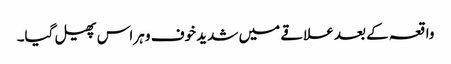
واقعہ کے بعد علاقے میں شدید خوف و ہراس پھیل گیا۔